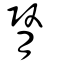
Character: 腎